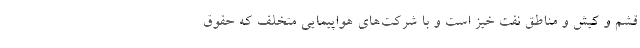
قشم و کیش و مناطق نفت خیز است و با شرکت‌های هواپیمایی متخلف که حقوق